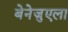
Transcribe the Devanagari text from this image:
बेनेजुएला